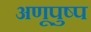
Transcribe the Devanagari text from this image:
अणूपुष्प